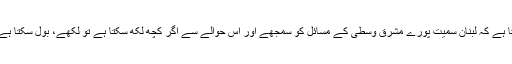
کینان چاہتا ہے کہ لبنان سمیت پورے مشرقِ وسطیٰ کے مسائل کو سمجھے اور اس حوالے سے اگر کچھ لکھ سکتا ہے تو لکھے، بول سکتا ہے تو بولے۔